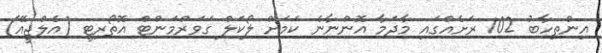
އިންތިހާބު 102 ރަށެއްގައި މާދަމާ އޮންނާނެ ކަމަށް ލޯކަލް ގަވަރްމަންޓް އޮތޯރިޓީ (އެލްޖީއޭ)